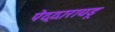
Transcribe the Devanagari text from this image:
पेद्दारायडू